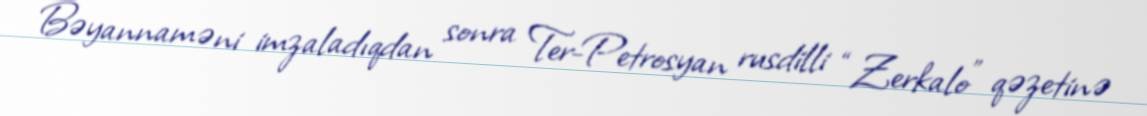
Bəyannaməni imzaladıqdan sonra Ter-Petrosyan rusdilli “Zerkalo” qəzetinə